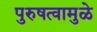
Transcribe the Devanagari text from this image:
पुरुषत्वामुळे